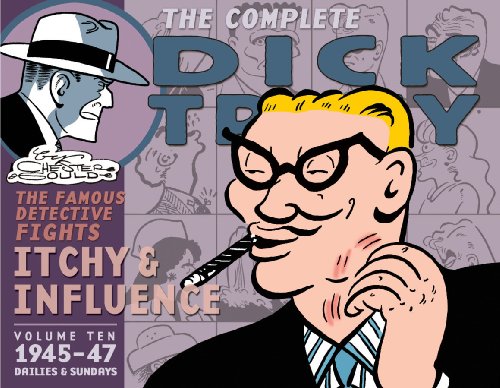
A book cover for Complete Chester Gould's Dick Tracy Volume 10; Chester Gould; Humor & Entertainment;